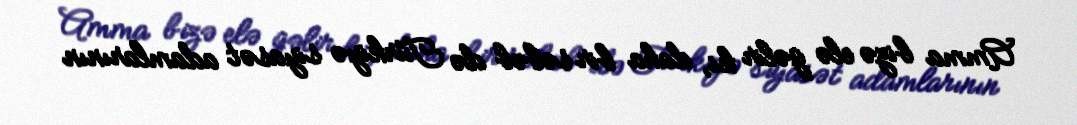
Amma bizə elə gəlir ki, daha bir səbəb də Türkiyə siyasət adamlarının